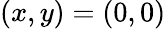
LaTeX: (x,y)=(0,0)